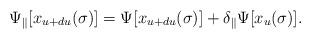
LaTeX: \begin{align*}\Psi_\parallel[x_{u+du}(\sigma)]=\Psi[x_{u+du}(\sigma)]+\delta_\parallel\Psi[x_u(\sigma)].\end{align*}